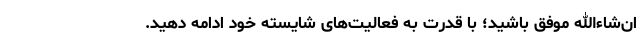
ان‌شاءالله موفق باشید؛ با قدرت به فعالیت‌های شایسته خود ادامه دهید.